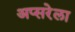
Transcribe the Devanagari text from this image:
अप्सरेला